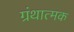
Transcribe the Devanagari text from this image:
ग्रंथात्मक